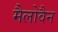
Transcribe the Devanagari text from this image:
मैलोवैन